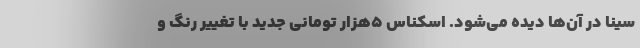
سینا در آن‌ها دیده می‌شود. اسکناس ۵هزار تومانی جدید با تغییر رنگ و